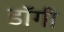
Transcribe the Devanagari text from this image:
डॉगी